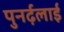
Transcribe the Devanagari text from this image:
पुनर्ढ़लाई